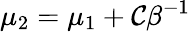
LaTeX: \mu_{2}=\mu_{1}+\mathcal{C}\beta^{-1}